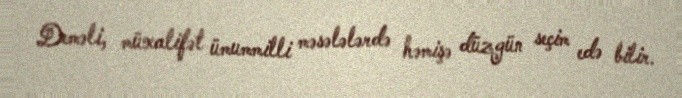
Deməli, müxalifət ümummilli məsələlərdə həmişə düzgün seçim edə bilir.